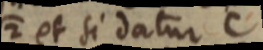
2 et si datur C